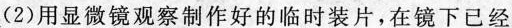
(2)用显微镜观察制作好的临时装片，在镜下已经